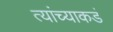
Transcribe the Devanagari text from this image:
त्यांच्याकडं